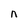
Character: n